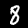
Label: 8